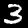
Label: 3